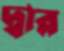
দ্বার